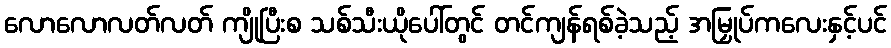
လောလောလတ်လတ် ကျိုပြီးစ သစ်သီးယိုပေါ်တွင် တင်ကျန်ရစ်ခဲ့သည့် အမြှုပ်ကလေးနှင့်ပင်